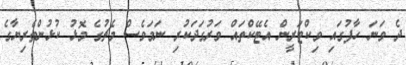
ދެ ވަނަ ހާފުގައި ވިކްޓަރީން އެޓޭކްތައް ވަރުގަދަކުރި ނަމަވެސް މެޗުގެ މޮޅު ކުޅުންތެރިޔާގެ